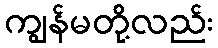
ကျွန်မတို့လည်း